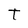
Character: T